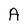
Character: A